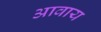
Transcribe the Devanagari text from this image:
आवाय